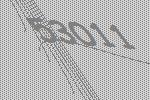
53011